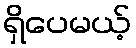
ရှိပေမယ့်